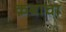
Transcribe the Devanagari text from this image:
क़बाचा